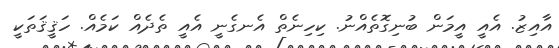
އާއިޒު. އެއީ އީމަން ބުނިގޮތެއްނު. ކިހިނެތް އެނގެނީ އެއީ ތެދެއް ކަމެއް. ހަޤީޤަތަކީ